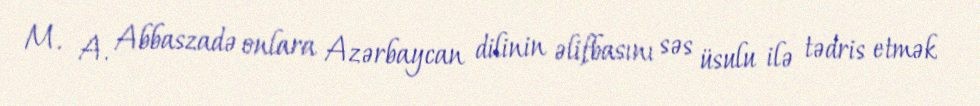
M. A. Abbaszadə onlara Azərbaycan dilinin əlifbasını səs üsulu ilə tədris etmək